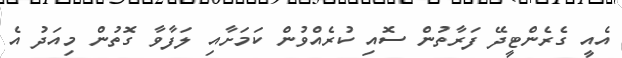
އެއީ ގެރެންޓީދޭ ފަރާތުން ސޮއި ކުރެއްވުން ކަމަށާއި ލަފާވާ ގޮތުން މިއަދު އެ